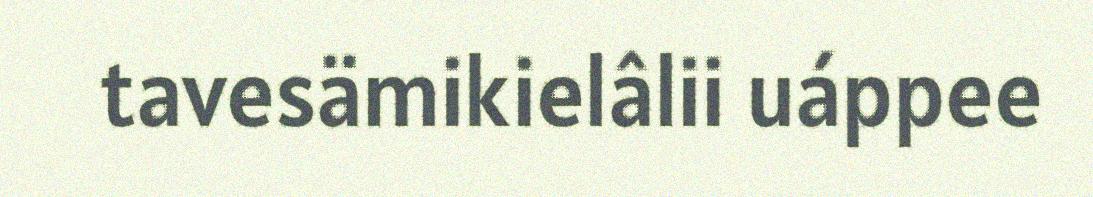
tavesämikielâlii uáppee